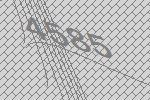
4585